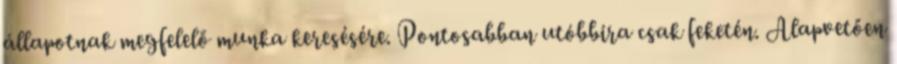
állapotnak megfelelő munka keresésére. Pontosabban utóbbira csak feketén. Alapvetően